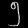
Digit: ၅